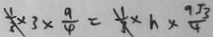
\frac { 1 } { 3 } \times 3 \times \frac { 9 } { 4 } = \frac { 1 } { 3 } \times h \times \frac { 9 \sqrt { 3 } } { 4 }